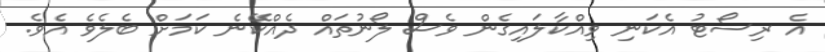
އެ ރިސޯޓު އެކަނި ވިއްކާލައިގެން ވެސް ލޯނުތައް ދެއްކޭނެ ކަމަށް ބެލެވެ އެވެ.